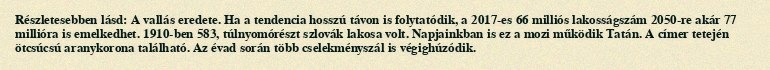
Részletesebben lásd: A vallás eredete. Ha a tendencia hosszú távon is folytatódik, a 2017-es 66 milliós lakosságszám 2050-re akár 77 millióra is emelkedhet. 1910-ben 583, túlnyomórészt szlovák lakosa volt. Napjainkban is ez a mozi működik Tatán. A címer tetején ötcsúcsú aranykorona található. Az évad során több cselekményszál is végighúzódik.